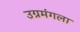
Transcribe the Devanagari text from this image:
उग्रमंगला